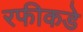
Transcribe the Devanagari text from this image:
रफीकडे